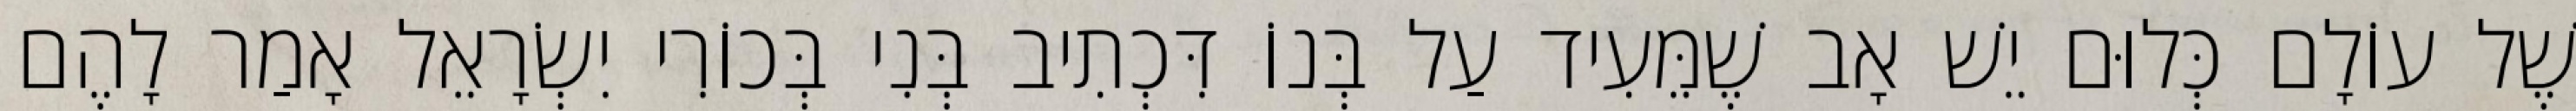
שֶׁל עוֹלָם כְּלוּם יֵשׁ אָב שֶׁמֵּעִיד עַל בְּנוֹ דִּכְתִיב בְּנִי בְּכוֹרִי יִשְׂרָאֵל אָמַר לָהֶם